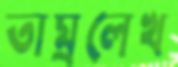
তাম্রলেখ